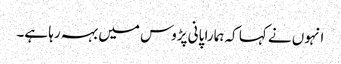
انہوں نے کہا کہ ہمارا پانی پڑوس میں بہہ رہا ہے۔